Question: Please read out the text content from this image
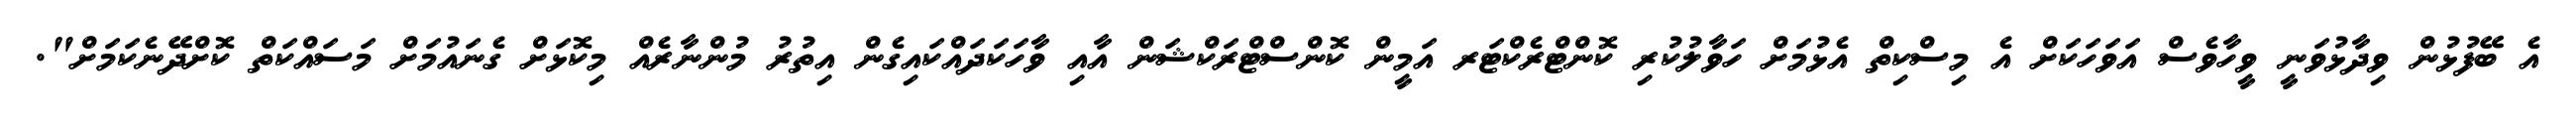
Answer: އެ ބޭފުޅުން ވިދާޅުވަނީ ވީހާވެސް އަވަހަކަށް އެ މިސްކިތް އެޅުމަށް ހަވާލުކުރި ކޮންޓްރެކްޓަރ އަމީން ކޮންސްޓްރަކްޝަން އާއި ވާހަކަދައްކައިގެން އިތުރު މުންނާރެއް މިކޮޅަށް ގެނައުމަށް މަސައްކަތް ކޮށްދޭނެކަމަށް".